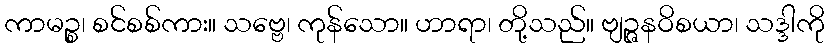
ကာမဉ္စ၊ စင်စစ်ကား။ သဗ္ဗေ၊ ကုန်သော။ ဟာရာ၊ တို့သည်။ ဗျဉ္ဇနဝိစယာ၊ သဒ္ဒါကို